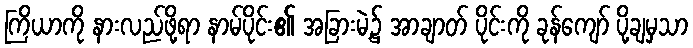
ကြိယာကို နားလည်ဖို့ရာ နာမ်ပိုင်း၏ အခြားမဲ့၌ အာချာတ် ပိုင်းကို ခုန်ကျော် ပို့ချမှသာ